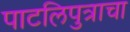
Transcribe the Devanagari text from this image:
पाटलिपुत्राचा